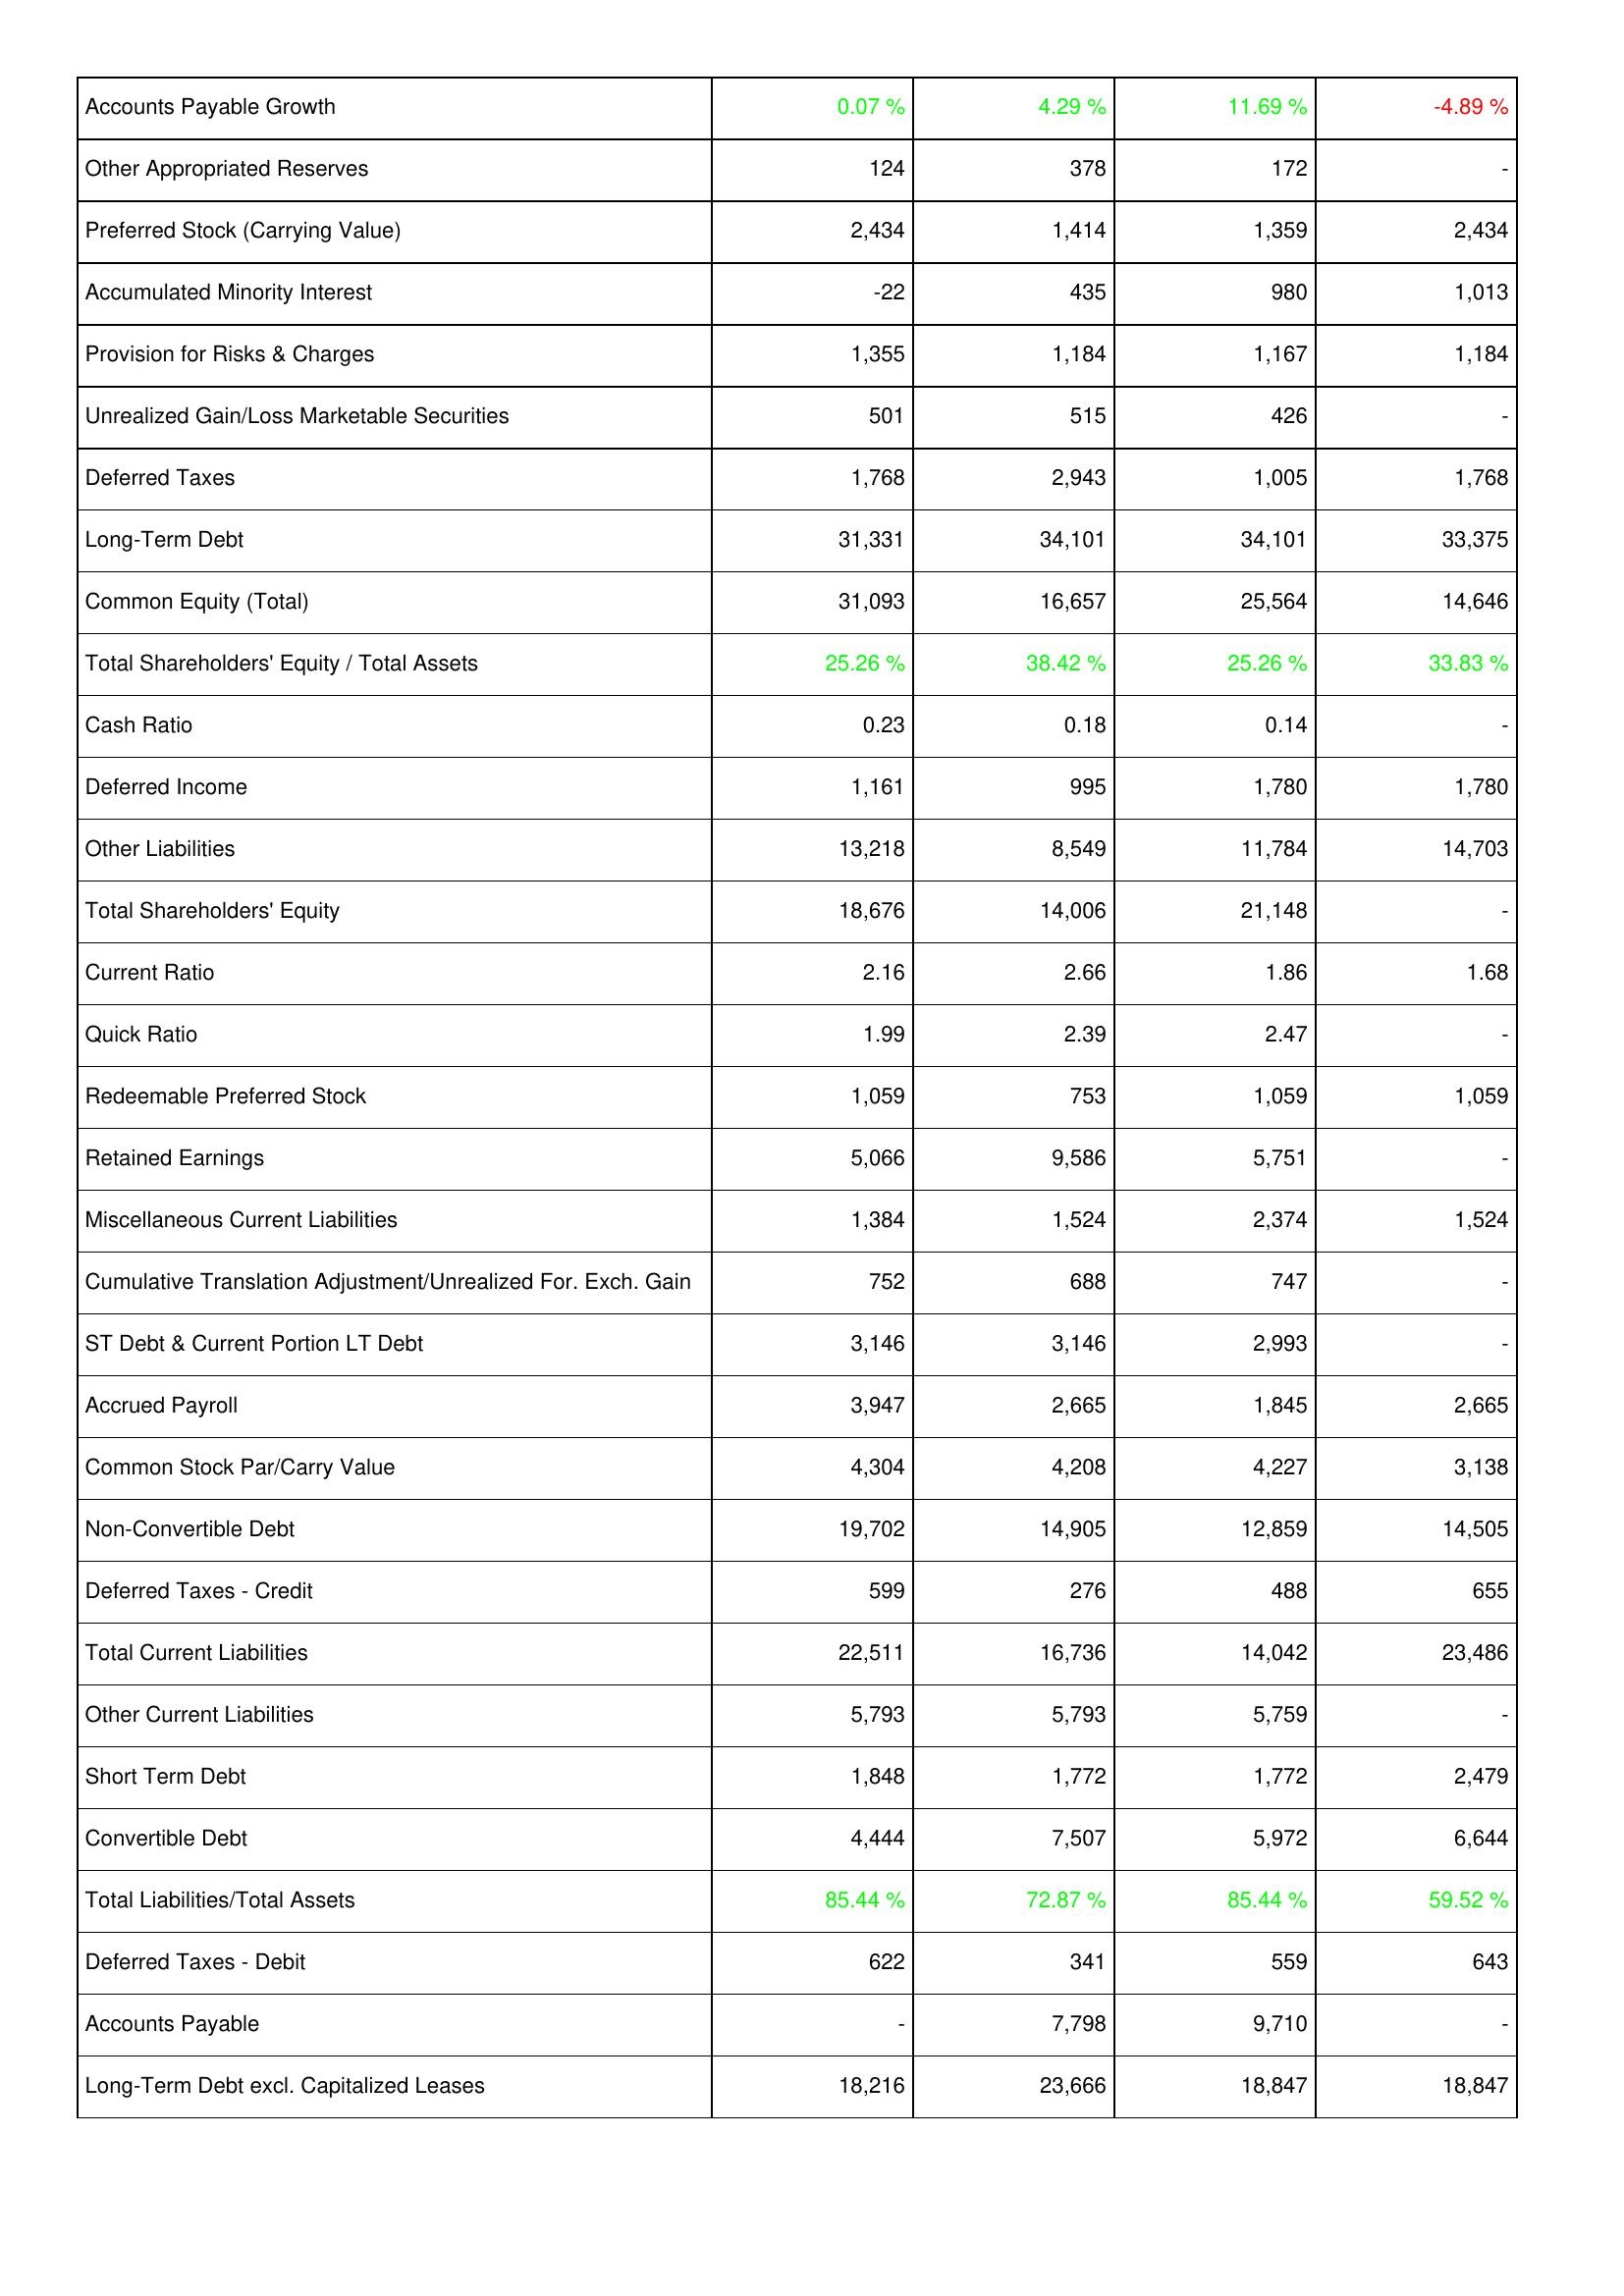
2020: Liabilities & Shareholders' Equity: Accounts Payable Growth: 0.07 %
Other Appropriated Reserves: 124
Preferred Stock (Carrying Value): 2,434
Accumulated Minority Interest: -22
Provision for Risks & Charges: 1,355
Unrealized Gain/Loss Marketable Securities: 501
Deferred Taxes: 1,768
Long-Term Debt: 31,331
Common Equity (Total): 31,093
Total Shareholders' Equity / Total Assets: 25.26 %
Cash Ratio: 0.23
Deferred Income: 1,161
Other Liabilities: 13,218
Total Shareholders' Equity: 18,676
Current Ratio: 2.16
Quick Ratio: 1.99
Redeemable Preferred Stock: 1,059
Retained Earnings: 5,066
Miscellaneous Current Liabilities: 1,384
Cumulative Translation Adjustment/Unrealized For. Exch. Gain: 752
ST Debt & Current Portion LT Debt: 3,146
Accrued Payroll: 3,947
Common Stock Par/Carry Value: 4,304
Non-Convertible Debt: 19,702
Deferred Taxes - Credit: 599
Total Current Liabilities: 22,511
Other Current Liabilities: 5,793
Short Term Debt: 1,848
Convertible Debt: 4,444
Total Liabilities/Total Assets: 85.44 %
Deferred Taxes - Debit: 622
Accounts Payable: -
Long-Term Debt excl. Capitalized Leases: 18,216
2019: Liabilities & Shareholders' Equity: Accounts Payable Growth: 4.29 %
Other Appropriated Reserves: 378
Preferred Stock (Carrying Value): 1,414
Accumulated Minority Interest: 435
Provision for Risks & Charges: 1,184
Unrealized Gain/Loss Marketable Securities: 515
Deferred Taxes: 2,943
Long-Term Debt: 34,101
Common Equity (Total): 16,657
Total Shareholders' Equity / Total Assets: 38.42 %
Cash Ratio: 0.18
Deferred Income: 995
Other Liabilities: 8,549
Total Shareholders' Equity: 14,006
Current Ratio: 2.66
Quick Ratio: 2.39
Redeemable Preferred Stock: 753
Retained Earnings: 9,586
Miscellaneous Current Liabilities: 1,524
Cumulative Translation Adjustment/Unrealized For. Exch. Gain: 688
ST Debt & Current Portion LT Debt: 3,146
Accrued Payroll: 2,665
Common Stock Par/Carry Value: 4,208
Non-Convertible Debt: 14,905
Deferred Taxes - Credit: 276
Total Current Liabilities: 16,736
Other Current Liabilities: 5,793
Short Term Debt: 1,772
Convertible Debt: 7,507
Total Liabilities/Total Assets: 72.87 %
Deferred Taxes - Debit: 341
Accounts Payable: 7,798
Long-Term Debt excl. Capitalized Leases: 23,666
2018: Liabilities & Shareholders' Equity: Accounts Payable Growth: 11.69 %
Other Appropriated Reserves: 172
Preferred Stock (Carrying Value): 1,359
Accumulated Minority Interest: 980
Provision for Risks & Charges: 1,167
Unrealized Gain/Loss Marketable Securities: 426
Deferred Taxes: 1,005
Long-Term Debt: 34,101
Common Equity (Total): 25,564
Total Shareholders' Equity / Total Assets: 25.26 %
Cash Ratio: 0.14
Deferred Income: 1,780
Other Liabilities: 11,784
Total Shareholders' Equity: 21,148
Current Ratio: 1.86
Quick Ratio: 2.47
Redeemable Preferred Stock: 1,059
Retained Earnings: 5,751
Miscellaneous Current Liabilities: 2,374
Cumulative Translation Adjustment/Unrealized For. Exch. Gain: 747
ST Debt & Current Portion LT Debt: 2,993
Accrued Payroll: 1,845
Common Stock Par/Carry Value: 4,227
Non-Convertible Debt: 12,859
Deferred Taxes - Credit: 488
Total Current Liabilities: 14,042
Other Current Liabilities: 5,759
Short Term Debt: 1,772
Convertible Debt: 5,972
Total Liabilities/Total Assets: 85.44 %
Deferred Taxes - Debit: 559
Accounts Payable: 9,710
Long-Term Debt excl. Capitalized Leases: 18,847
2017: Liabilities & Shareholders' Equity: Accounts Payable Growth: -4.89 %
Other Appropriated Reserves: -
Preferred Stock (Carrying Value): 2,434
Accumulated Minority Interest: 1,013
Provision for Risks & Charges: 1,184
Unrealized Gain/Loss Marketable Securities: -
Deferred Taxes: 1,768
Long-Term Debt: 33,375
Common Equity (Total): 14,646
Total Shareholders' Equity / Total Assets: 33.83 %
Cash Ratio: -
Deferred Income: 1,780
Other Liabilities: 14,703
Total Shareholders' Equity: -
Current Ratio: 1.68
Quick Ratio: -
Redeemable Preferred Stock: 1,059
Retained Earnings: -
Miscellaneous Current Liabilities: 1,524
Cumulative Translation Adjustment/Unrealized For. Exch. Gain: -
ST Debt & Current Portion LT Debt: -
Accrued Payroll: 2,665
Common Stock Par/Carry Value: 3,138
Non-Convertible Debt: 14,505
Deferred Taxes - Credit: 655
Total Current Liabilities: 23,486
Other Current Liabilities: -
Short Term Debt: 2,479
Convertible Debt: 6,644
Total Liabilities/Total Assets: 59.52 %
Deferred Taxes - Debit: 643
Accounts Payable: -
Long-Term Debt excl. Capitalized Leases: 18,847